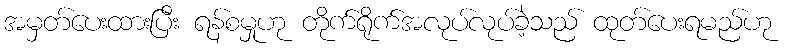
အမှတ်ပေးထားပြီး ရန်စမှုဟု တိုက်ရိုက်အလုပ်လုပ်ခဲ့သည် ထုတ်ပေးရမည်ဟု